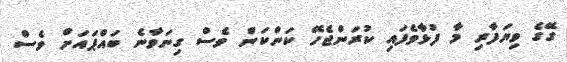
ގޭގެ ވިޔަފާރި މާ ފުޅާވެފައި ކުރަންޖެހޭ ކަންކަން ވެސް ގިނަވާނެ ބައްޕައަށް ވެސް